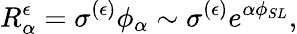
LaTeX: R_{\alpha}^{\epsilon}=\sigma^{(\epsilon)}\phi_{\alpha}\sim\sigma^{(\epsilon)}e^{\alpha\phi_{SL}},